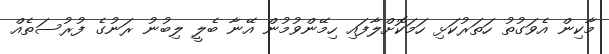
މާކިން އެވަގުތު ހަތަރުކަޅި ހަމަކޮށްލާފައި ހިމޭންވުމުން އޭނާ ބެލީ ލިބުނު ރަނުގެ ފުރުސަތެއް